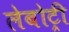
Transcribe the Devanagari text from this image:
लेबोट्री